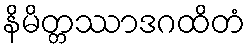
နိမိတ္တဿာဒဂထိတံ